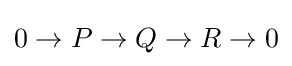
0\to P\to Q\to R\to 0